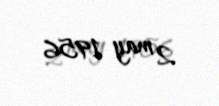
2 may 1956